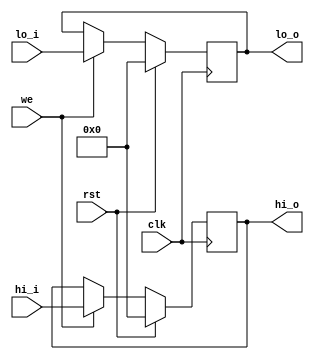
`timescale 1ns / 1ps
//////////////////////////////////////////////////////////////////////////////////
// Company: 
// Engineer: 
// 
// Design Name: 
// Module Name: Hi_Lo
// Project Name: 
// Target Devices: 
// Tool Versions: 
// Description: 
// 
// Dependencies: 
// 
// Revision:
// Revision 0.01 - File Created
// Additional Comments:
// 
//////////////////////////////////////////////////////////////////////////////////


module Hi_Lo(
	input  wire clk,rst,we,
	input  wire [31:0] hi_i,lo_i,
	output wire [31:0] hi_o,lo_o
    );
	
	reg [31:0] hi, lo;
	always @(posedge clk) begin
		if(rst) begin
			hi <= 0;
			lo <= 0;
		end else if (we) begin
			hi <= hi_i;
			lo <= lo_i;
		end
	end

	assign hi_o = hi;
	assign lo_o = lo;
endmodule